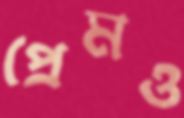
প্রেমও